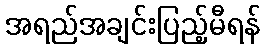
အရည်အချင်းပြည့်မီရန်